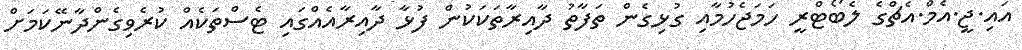
އައި.ޖީ.އެމް.އެޗްގެ ލެބޯޓްރީ ހަމަޖެހުމާއި ގުޅިގެން ތަފާތު ދާއިރާތަކަކުން ފުޅާ ދާއިރާއެއްގައި ޓެސްތަކެއް ކުރެވިގެންދާނޭކަމަށް